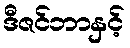
ဒီဇင်ဘာနှင့်